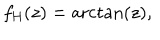
f _ { \mathrm { H } } ( z ) = \operatorname { a r c t a n } \left( z \right) ,